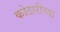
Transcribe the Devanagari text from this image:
कोठारीच्या